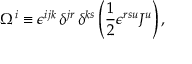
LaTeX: \Omega ^ { i } \equiv \epsilon ^ { i j k } \, \delta ^ { j r } \, \delta ^ { k s } \left( \frac { 1 } { 2 } \epsilon ^ { r s u } { \cal J } ^ { u } \right) ,